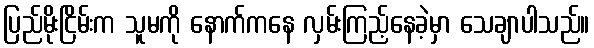
ပြည်မိုးငြိမ်းက သူမကို နောက်ကနေ လှမ်းကြည့်နေခဲ့မှာ သေချာပါသည်။